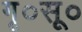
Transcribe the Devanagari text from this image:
गृ०सू०